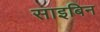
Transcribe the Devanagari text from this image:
साइबिन